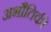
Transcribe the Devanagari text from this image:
अभौतिकी